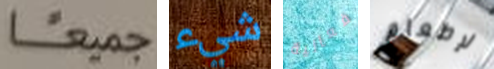
جميعا شيء فعالية لإطعام